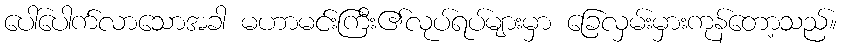
ပေါ်ပေါက်လာသောအခါ မဟာမင်းကြီး၏လုပ်ရပ်များမှာ ခြေလှမ်းမှားကုန်တော့သည်။